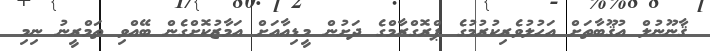
ޤާނޫނުލް އުޤޫބާތަށް އަހުލުވެރިކުރުމުގެ ޕްރޮގްރާމްގެ ދަށުން މީޑިއާއަށް އަމާޒުކޮށްގެން ބޭއްވި ތަމްރީނު ނިމި